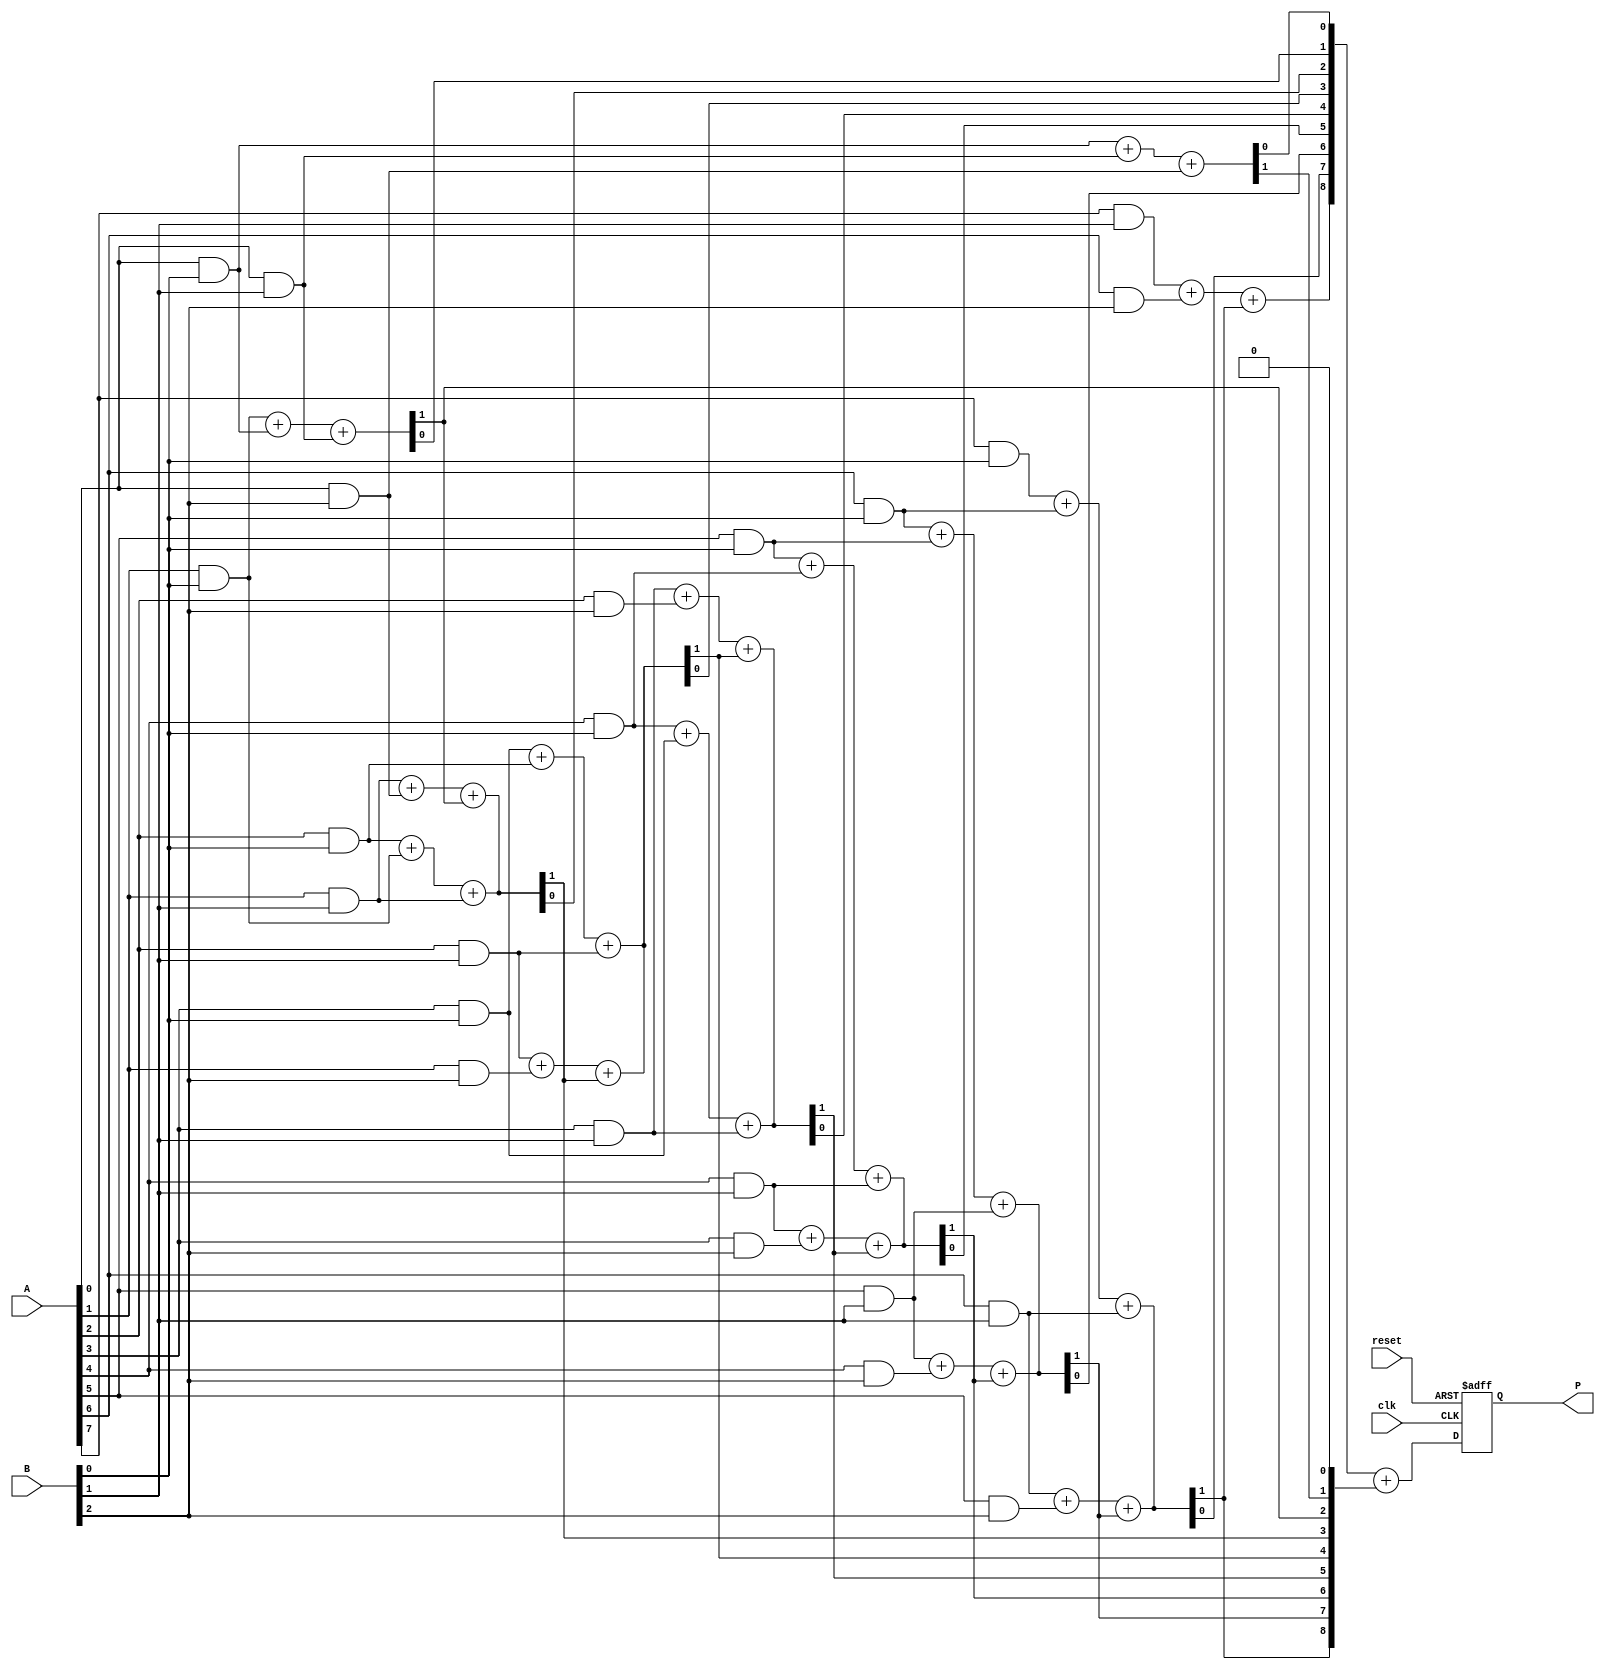
module wallace_tree_multiplier #(parameter N = 8) (
    input wire [N-1:0] A,        // First operand (N bits)
    input wire [N-1:0] B,        // Second operand (N bits)
    input wire clk,              // Clock signal
    input wire reset,            // Reset signal
    output reg [2*N-1:0] P       // Product output (2N bits)
);

    wire [N-1:0] partial_products[N-1:0];
    
    // Partial product generation
    genvar i, j;
    generate
        for (i = 0; i < N; i = i + 1) begin: gen_partial_products
            for (j = 0; j < N; j = j + 1) begin: partial_product
                assign partial_products[i][j] = A[i] & B[j];
            end
        end
    endgenerate
    
    // Reduction stage using Wallace Tree (simple 2-stage example)
    wire [N*3-1:0] sum;
    wire [N*3-1:0] carry;

    // First stage: Full Adders and Half Adders
    generate
        for (i = 0; i < N; i = i + 1) begin: first_stage
            if (i > 0) begin
                // Use full adders to combine 3 bits (carry from previous stage included)
                assign {carry[i], sum[i]} = partial_products[i][0] + partial_products[i-1][0] + partial_products[i-1][1];
                assign {carry[i+1], sum[i+1]} = partial_products[i][1] + partial_products[i-1][2] + carry[i];
            end else begin
                assign {carry[i], sum[i]} = partial_products[i][0] + partial_products[i][1] + partial_products[i][2];
            end
        end
    endgenerate

    // Second stage: Combine final stages
    always @(posedge clk or posedge reset) begin
        if (reset) begin
            P <= 0;
        end else begin
            // Final addition of the last two rows
            P <= sum + {carry[N-1:0], 1'b0};
        end
    end

endmodule